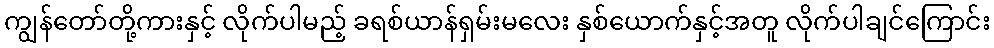
ကျွန်တော်တို့ကားနှင့် လိုက်ပါမည့် ခရစ်ယာန်ရှမ်းမလေး နှစ်ယောက်နှင့်အတူ လိုက်ပါချင်ကြောင်း